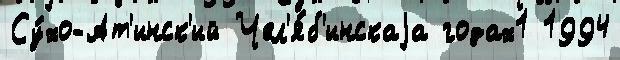
Су́хо-Ат'инск'ий Чел'я́б'инскаjа годах1 1994